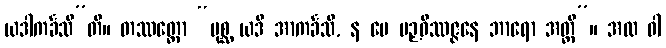
ယဒါကင်္ခသီ”တိ။ တဿတ္ထော “ပုစ္ဆ ယဒိ အာကင်္ခသိ, န မေ ပဉှဝိဿဇ္ဇနေ ဘာရော အတ္ထိ”။ အထ ဝါ